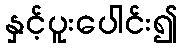
နှင့်ပူးပေါင်း၍